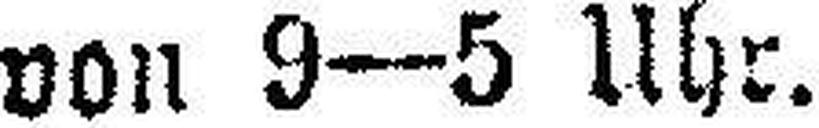
von 9—5 Uhr.